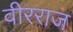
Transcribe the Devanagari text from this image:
वीरराज